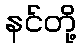
နင်တို့